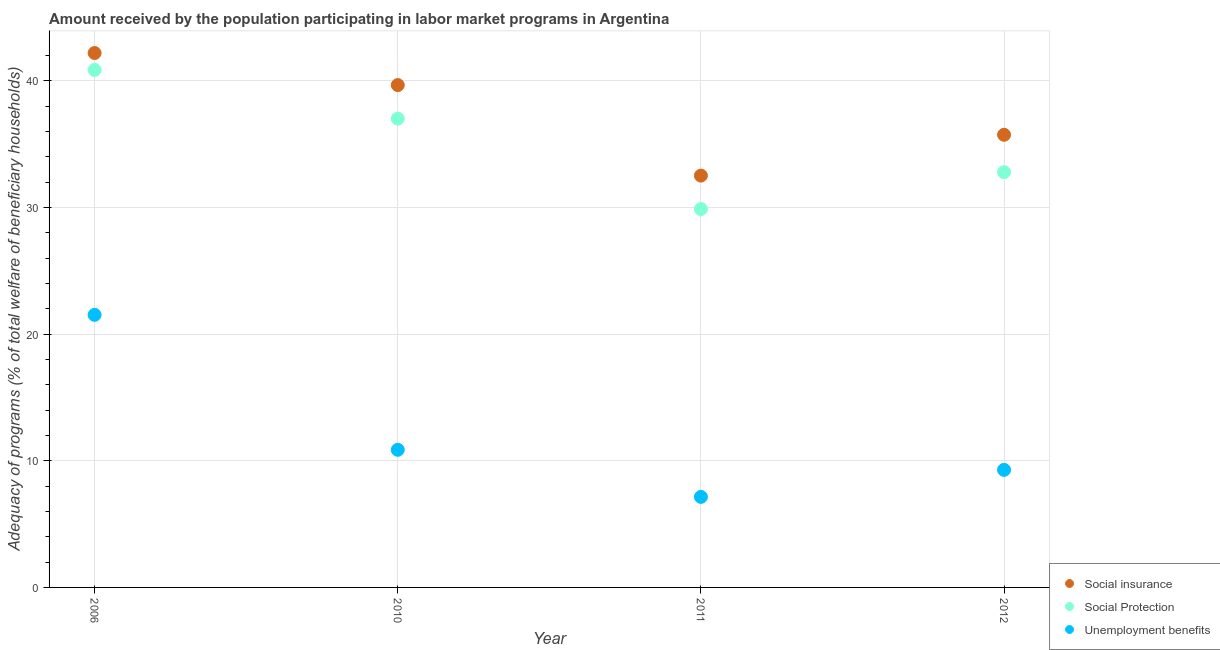
| Year | Social insurance | Social Protection | Unemployment benefits |
 | --- | --- | --- | --- |
 | 2006 | 42.2 | 40.9 | 21.5 |
 | 2010 | 39.7 | 37 | 10.9 |
 | 2011 | 32.5 | 29.9 | 7.15 |
 | 2012 | 35.7 | 32.8 | 9.28 |